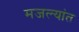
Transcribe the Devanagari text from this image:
मजल्यांत